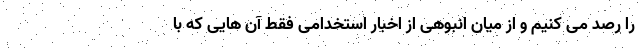
را رصد می کنیم و از میان انبوهی از اخبار استخدامی فقط آن هایی که با